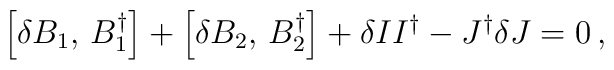
\left[ \delta B_1,\,B_1^{\dagger}\right] +\left[ \delta B_2,\,B_2^{\dagger}\right] +\delta II^{\dagger}-J^{\dagger} \delta J=0\,,